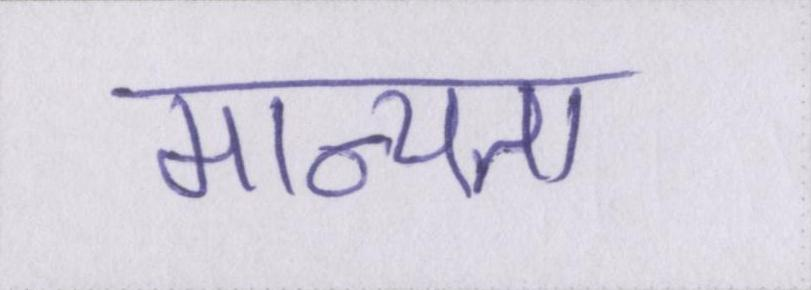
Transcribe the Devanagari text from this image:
मान्यता